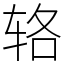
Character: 辂